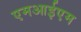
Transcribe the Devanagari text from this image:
एमआईएम